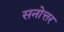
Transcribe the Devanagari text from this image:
सनोत्तर